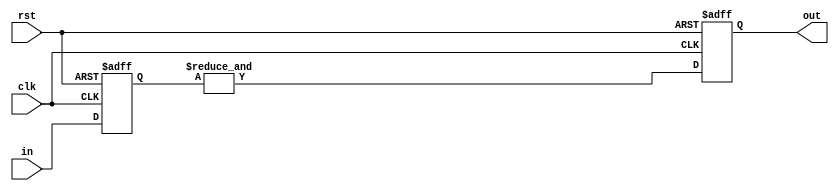
module reg2reg_wo_delay (
  clk,
  rst,
  in,
  out
);

  input         clk;
  input         rst;
  input  [1:0]  in;
  output        out;

  reg    [1:0]  tmp1;
  reg           tmp2;
  reg           out;

  always @( posedge clk or posedge rst ) begin
    if ( rst ) begin
      tmp1 <= 2'b00;
    end
    else begin
      tmp1 <= in;
    end
  end

  always @( tmp1 ) begin
    tmp2 = &tmp1;
  end

  always @( posedge clk or posedge rst ) begin
    if ( rst ) begin
      out <= 1'b0;
    end
    else begin
      out <= tmp2;
    end
  end

endmodule